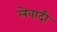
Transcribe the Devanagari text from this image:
लेवादी